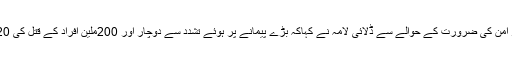
بین الاقوامی سطح پر امن کی ضرورت کے حوالے سے ڈلائی لامہ نے کہاکہ بڑے پیمانے پر ہوئے تشدد سے دوچار اور 200ملین افراد کے قتل کی 20ویں صدی شاہد ہے۔